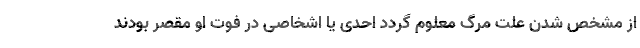
از مشخص شدن علت مرگ معلوم گردد احدی یا اشخاصی در فوت او مقصر بودند